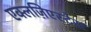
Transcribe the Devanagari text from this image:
एक्लज़िएस्टेस